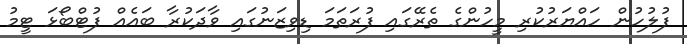
ފުލުހުން ހައްޔަރުކުރި މީހުންގެ ތެރޭގައި ފުރަތަމަ ޑިވިޒަނުގައި ވާދަކުރާ ބައެއް ފުޓްބޯޅަ ޓީމު